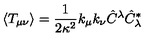
\langle T _ { \mu \nu } \rangle = \frac { 1 } { 2 \kappa ^ { 2 } } k _ { \mu } k _ { \nu } \hat { C } ^ { \lambda } \hat { C } _ { \lambda } ^ { * }